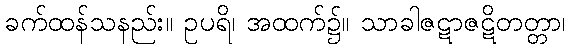
ခက်ထန်သနည်း။ ဥပရိ၊ အထက်၌။ သာခါဇဋာဇဋိတတ္တာ၊